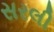
સરલી